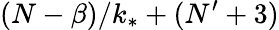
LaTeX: (N-\beta)/k_{*}+(N^{\prime}+3)